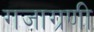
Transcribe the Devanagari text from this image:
गजाग्रणी